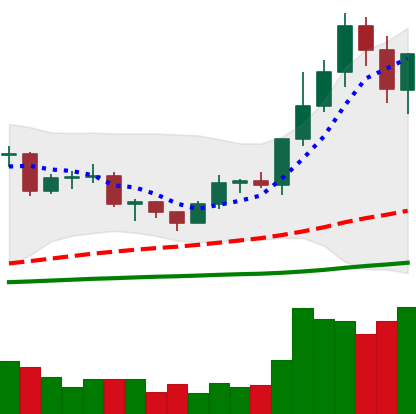
Ticker: LTC-USD
Chart end date: 2020-12-22
Forward return: 12.172%
Label: up_7plus